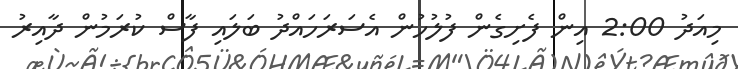
މިއަދު 2:00 އިން ފެށިގެން ފުލުހުން އެސަރަހައްދު ބަލައި ފާސް ކުރަމުން ދާއިރު